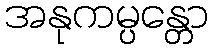
အနုကမ္ပန္တော